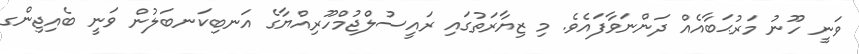
ވަނީ ހޫނު މަރުޙަބާއެއް ދަންނަވާފައެވެ. މި ޒިޔާރަތުގައި ރައީސުލްޖުމްހޫރިއްޔާގެ އަނބިކަނބަލުން ވަނީ ބެއިޖިންގ